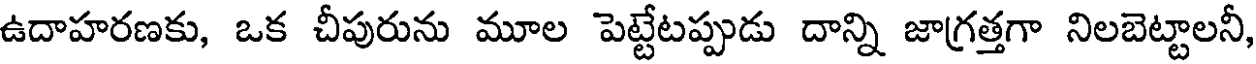
ఉదాహరణకు, ఒక చీపురును మూల పెట్టేటప్పుడు దాన్ని జాగ్రత్తగా నిలబెట్టాలనీ,